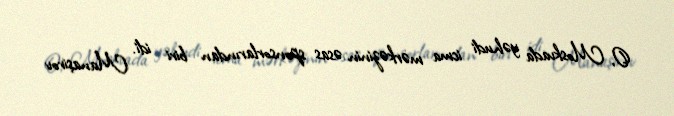
O, Moskvada yəhudi icma mərkəzinin əsas sponsorlarından biri idi. Manaşirov